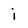
Character: i